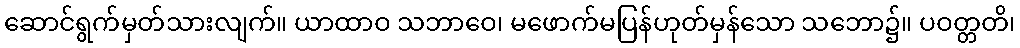
ဆောင်ရွက်မှတ်သားလျက်။ ယာထာဝ သဘာဝေ၊ မဖောက်မပြန်ဟုတ်မှန်သော သဘော၌။ ပဝတ္တတိ၊